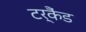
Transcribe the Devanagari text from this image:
टर्कैंड